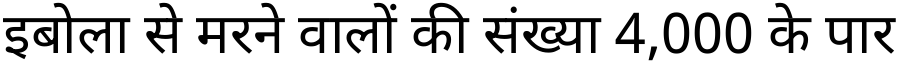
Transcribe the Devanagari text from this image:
इबोला से मरने वालों की संख्या 4,000 के पार